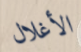
الأغلال